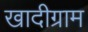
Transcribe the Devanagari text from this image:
खादीग्राम